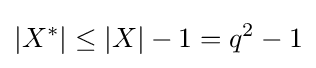
|X^{*}|\leq |X|-1=q^{2}-1